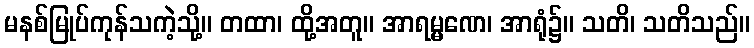
မနစ်မြုပ်ကုန်သကဲ့သို့။ တထာ၊ ထို့အတူ။ အာရမ္မဏေ၊ အာရုံ၌။ သတိ၊ သတိသည်။